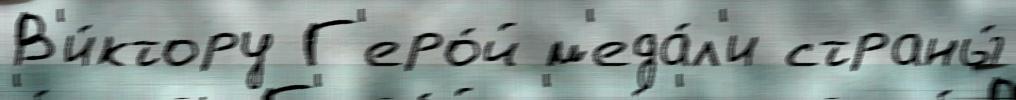
В'и́ктору Г'еро́й м'еда́л'и страны́